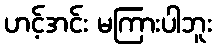
ဟင့်အင်း မကြားပါဘူး